Report of the Indian Hemp Drugs Commission, 1894-1895 - Volume VI
Year: 1894
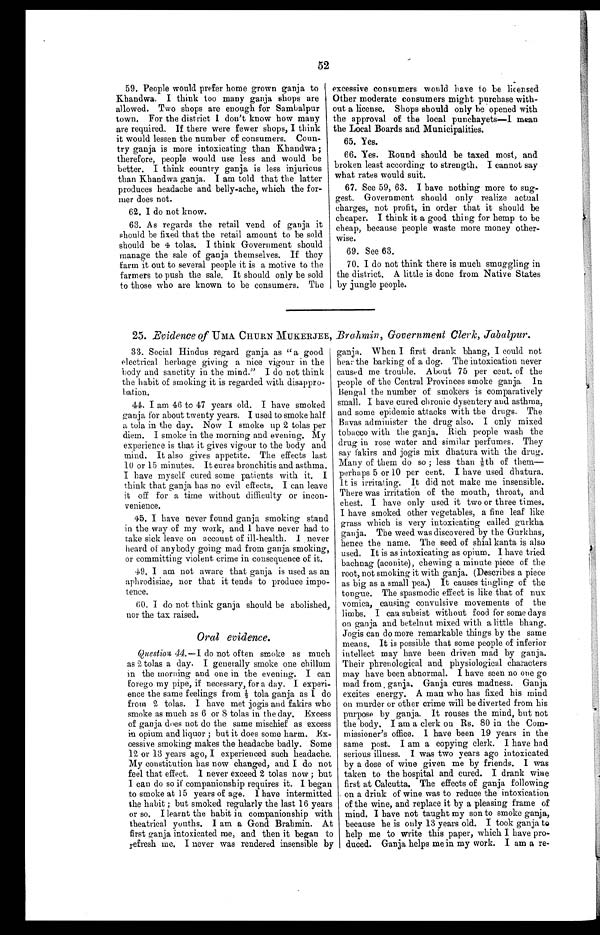
52
59. People would prefer home grown ganja to
Khandwa. I think too many ganja shops are
allowed. Two shops are enough for Samhalpur
town. For the district I don't know how many
are required, If there were fewer shops, I think
it would lessen the number of consumers. Coun-
try ganja is more intoxicating than Khandwa;
therefore, people would use less and would be
better. I think country ganja is less injurious
than Khandwa ganja. I am told that the latter
produces headache and belly-ache, which the for-
mer does not.
62. I do not know.
63. As regards the retail vend of ganja it
should be fixed that the retail amount to be sold
should be 4 tolas. I think Government should
manage the sale of ganja themselves. If they
farm it out to several people it is a motive to the
farmers to push the sale. It should only be sold
to those who are known to be consumers. The
excessive consumers would have to be licensed
Other moderate consumers might purchase with-
out a license. Shops should only he opened with
the approval of the local punchayets—I mean
the Local Boards and Municipalities.
65. Yes.
66. Yes. Round should be taxed most, and
broken least according to strength, I cannot say
what rates would suit.
67. See 59, 63. I have nothing more to sug-
gest. Government should only realize actual
charges, not profit, in order that it should be
cheaper. I think it a good thing for hemp to be
cheap, because people waste more money other-
wise.
69. See 63.
70. I do not think there is much smuggling in
the district. A little is done from Native States
by jungle people.
25. Evidence of UMA CHURN MUKERJEE, Brahmin, Government Clerk, Jabalpur.
33. Social Hindus regard ganja as "a good
electrical herbage giving a nice vigour in the
body and sanctity in the mind." I do not think
the habit of smoking it is regarded with disappro-
bation.
44. I am 40 to 47 years old. I have smoked
ganja for about twenty years. I used to smoke half
a tolas in the day. Now I smoke up 2 tolas per
diem. I smoke in the morning and evening. My
experience is that it gives vigour to the body and
mind. It also gives appetite. The effects last
10 or 15 minutes. It cures bronchitis and asthma.
I have myself cured some patients with it. I
think that ganja has no evil effects. I can leave
it off for a time without difficulty or incon-
venience.
45. I have never found ganja smoking stand
in the way of my work, and 1 have never had to
take sick leave on account of ill-health. I never
heard of anybody going mad from ganja smoking,
or committing violent crime in consequence of it.
49. I am not aware that ganja is used as an
aphrodisiac, nor that it tends to produce impo-
tence.
60. I do not think ganja should be abolished,
nor the tax raised.
Oral evidence.
Question 44.—I do not often smoke as much
as 2 tolas a day. I generally smoke one chillum
in the morning and one in the evening. I can
forego my pipe, if necessary, for a day. I experi-
ence the same feelings from tola ganja as 1 do
from 2 tolas. I have met jogis and fakirs who
smoke as much as 6 or 8 tolas in the day. Excess
of ganja does not do the same mischief as excess
in opium and liquor ; but it does some harm. Ex-
cessive smoking makes the headache badly. Some
12 or 13 years ago, I experienced such headache.
My constitution has now changed, and I do not
feel that effect. I never exceed 2 toles now; but
I can do so if companionship requires it. I began
to smoke at 15 years of age. 1 have intermitted
the habit ; but smoked regularly the last 16 years
or so. I learnt the habit in companionship with
theatrical youths, I am a Gond Brahmin. At
first ganja intoxicated me, and then it began to
refresh me. I never was rendered insensible by
ganja. When I first drank bhang, I could not
hear the barking of a dog. The intoxication never
caused me trouble. About 75 per cent, of the
people of the Central Provinces smoke ganja. In
Bengal the number of smokers is comparatively
small. I have cured chronic dysentery and asthma,
and some epidemic attacks with the drugs. The
Bavas administer the drug also. I only mixed
tobacco with the ganja. Rich people wash the
drug in rose water and similar perfumes. They
say fakirs and jogis mix dbatura with the drug.
Many of them do so ; less than ⅛th of them—
perhaps 5 or 10 per cent. I have used dhatura.
It is irritating. It did not make me insensible.
There was irritation of the mouth, throat, and
chest. I have only used it two or three times.
I have smoked other vegetables, a fine leaf like
grass which is very intoxicating called gurkha
ganja. The weed was discovered by the Gurkhas,
hence the name. The seed of shial kanta is also
used. It is as intoxicating as opium. I have tried
bachnag (aconite), chewing a minute piece of the
root, not smoking it with ganja. (Describes a piece
as big as a small pea.) It causes tingling of the
tingling
tongue. The spasmodic effect is like that of nux
vomica, causing convulsive movements of the
limbs. I can subsist without food for some days
on ganja and betelnut mixed with a little bhang.
Jogis can do more remarkable things by the same
means. It is possible that some people of inferior
intellect may have been driven mad by ganja.
Their phrenological and physiological characters
may have been abnormal. I have seen no one go
mad from. ganja. Ganja cures madness. Ganja
excites energy. A man who has fixed his mind
on murder or other crime will be diverted from his
purpose by ganja. It rouses the mind, but not
the body. I am a clerk on Rs. 80 in the Com-
missioner's office. I have been 19 years in the
same post. I am a copying clerk. I have had
serious illness. I was two years ago intoxicated
by a dose of wine given me by friends. I was
taken to the hospital and cured. I drank wine
first at Calcutta. The effects of ganja following
. on a drink of wine was to reduce the intoxication
of the wine, and replace it by a pleasing frame of
mind. I have not taught my son to smoke ganja,
because he is only 13 years old. I took ganja to
help me to write this paper, which I have pro-
duced. Ganja helps me in my work. I am a re-